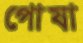
পোষা